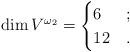
LaTeX: \begin{align*} \dim V^{\omega_2} = \begin{cases} 6 & ; \\ 12 & . \end{cases} \end{align*}